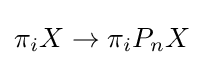
\pi _{i}X\to \pi _{i}P_{n}X